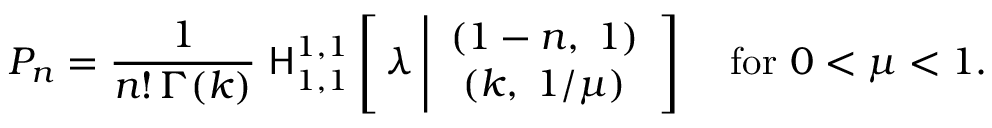
P _ { n } = \frac { 1 } { n ! \, \Gamma ( k ) } \; { \sf H } _ { 1 , 1 } ^ { 1 , 1 } \left[ \, \lambda \left| \begin{array} { c } { { ( 1 - n , \; 1 ) } } \\ { { ( k , \; 1 / \mu ) } } \end{array} \right] \right. \quad \mathrm { f o r ~ } 0 < \mu < 1 .